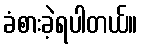
ခံစားခဲ့ရပါတယ်။